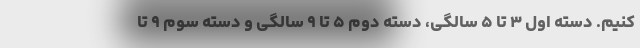
کنیم. دسته اول ۳ تا ۵ سالگی، دسته دوم ۵ تا ۹ سالگی و دسته سوم ۹ تا